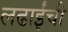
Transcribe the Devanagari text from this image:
लढाईंची